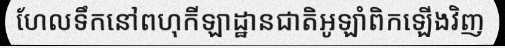
ហែលទឹកនៅពហុកីឡាដ្ឋានជាតិអូឡាំពិកឡើងវិញ